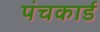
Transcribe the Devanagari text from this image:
पंचकार्ड